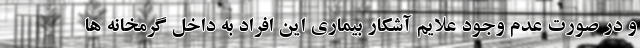
و در صورت عدم وجود علایم آشکار بیماری این افراد به داخل گرمخانه ها